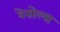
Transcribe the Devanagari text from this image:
वेसोल्स